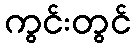
ကွင်းတွင်